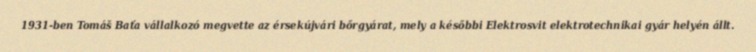
1931-ben Tomáš Baťa vállalkozó megvette az érsekújvári bőrgyárat, mely a későbbi Elektrosvit elektrotechnikai gyár helyén állt.